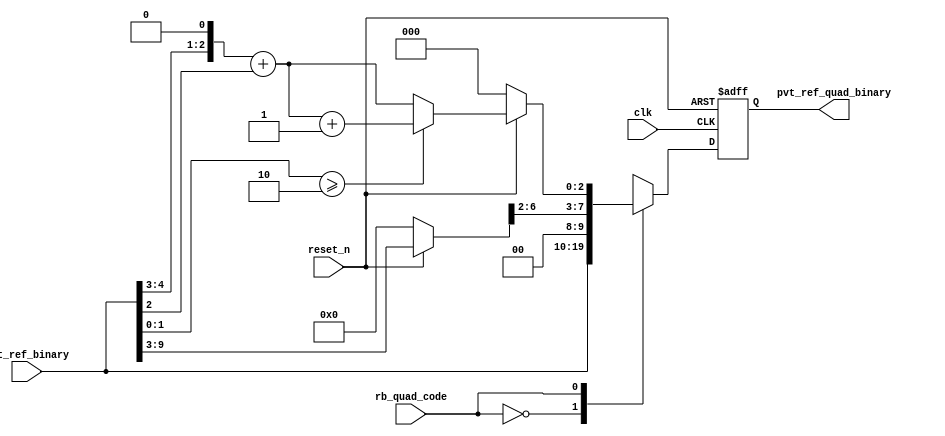
module aibcr3_quadph_code_gen 
#(
parameter FF_DELAY     = 200
)
(
   input  wire         clk,                     //reference clock from pll
   input  wire         reset_n,                 //output for dll reset
   input  wire  [9:0]  pvt_ref_binary,          //output binary pvt value for delay chain
   input  wire         rb_quad_code,   		//select between original or quadrature codes
   output reg   [9:0]  pvt_ref_quad_binary 	//quadrature code (binary) for delay chain
);

`ifdef TIMESCALE_EN
  timeunit 1ps;
  timeprecision 1ps;
`endif

wire [6:0]  coarse_bin;
reg [2:0]  fint_bin;
wire [2:0]  fine_bin;
reg [8:0]  coarse_divided_bin;
reg [4:0]  fine_divided_bin, coarse_frac_bin;

          always @(*)
                begin
                        if(~reset_n) begin
                                coarse_divided_bin = 9'b0_0000_0000;
                                fine_divided_bin = 5'b0_0000;
                                coarse_frac_bin = 5'b0_0000;
                                fint_bin = 3'b000;
                        end
                        else  begin
                                coarse_divided_bin = {2'b00,pvt_ref_binary[9:3]};
                                fine_divided_bin = {2'b00,pvt_ref_binary[2:0]};
//                                coarse_frac_bin = {1'b0,coarse_divided_bin[1:0],2'b00};  //****need to finalize what's the ratio between coarse/fine steps. current coding assumes 20ps/5ps=4
                                coarse_frac_bin = {coarse_divided_bin[1:0],3'b000};
                                fint_bin = coarse_frac_bin[4:2] + fine_divided_bin[4:2];
                                         if ((fine_divided_bin[1:0] >= 2'd2)) begin
                                                fint_bin = fint_bin + 3'b001;
                                         end
                                         else begin
                                                fint_bin = fint_bin;
                                         end
                         end
                end

        assign coarse_bin = coarse_divided_bin[8:2];
 	assign fine_bin = fint_bin;

        always @(posedge clk or negedge reset_n)
                begin
                        if(~reset_n) begin
				pvt_ref_quad_binary <= #FF_DELAY 10'b00_0000_0000;
			end
			else case (rb_quad_code)
				1'b0 : pvt_ref_quad_binary <= #FF_DELAY pvt_ref_binary;
				1'b1 : pvt_ref_quad_binary <= #FF_DELAY {coarse_bin,fine_bin};
				default : pvt_ref_quad_binary <= #FF_DELAY {coarse_bin,fine_bin};
			endcase
		end 

endmodule